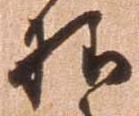
様